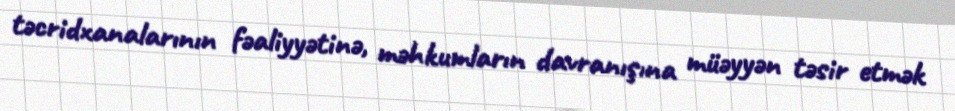
təcridxanalarının fəaliyyətinə, məhkumların davranışına müəyyən təsir etmək